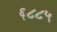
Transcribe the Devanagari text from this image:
६८८५